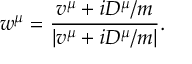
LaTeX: w ^ { \mu } = { \frac { v ^ { \mu } + i D ^ { \mu } / m } { \left| v ^ { \mu } + i D ^ { \mu } / m \right| } } .